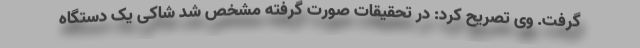
گرفت. وی تصریح کرد: در تحقیقات صورت گرفته مشخص شد شاکی یک دستگاه